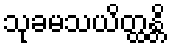
သုခမသယိတ္ထန္တိ